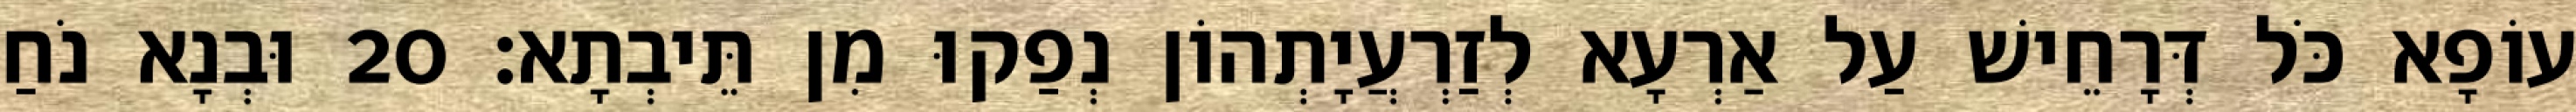
עוֹפָא כֹּל דְּרָחֵישׁ עַל אַרְעָא לְזַרְעֲיָתְהוֹן נְפַקוּ מִן תֵּיבְתָא׃ 20 וּבְנָא נֹחַ